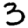
Digit: 3